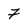
Character: 7